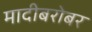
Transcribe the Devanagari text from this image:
मादीबरोबर